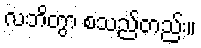
လဘိတွာ စသည်တည်း။